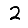
Digit: 2